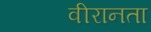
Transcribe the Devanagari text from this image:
वीरानता